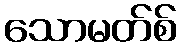
သောမတ်စ်